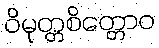
ဝိမုတ္တစိတ္တောဝ